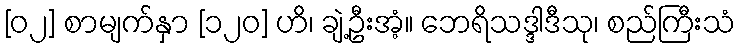
[၀၂] စာမျက်နှာ [၁၂၀] ဟိ၊ ချဲ့ဦးအံ့။ ဘေရိသဒ္ဒါဒီသု၊ စည်ကြီးသံ